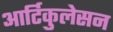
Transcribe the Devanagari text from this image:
आर्टिकुलेसन